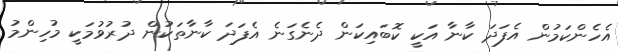
އެހެންކަމުން އެފަދަ ކާނާ އަކީ ކޮބައިކަން ދެނެގަނެ އެފަދަ ކާނާތަކުން ދުރުވުމަކީ މުހިންމު